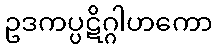
ဥဒကပ္ပဋိဂ္ဂါဟကော